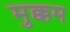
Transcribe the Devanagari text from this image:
मुक्कम